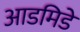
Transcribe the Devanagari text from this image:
आडमिडे